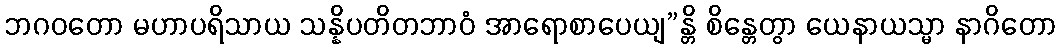
ဘဂဝတော မဟာပရိသာယ သန္နိပတိတဘာဝံ အာရောစာပေယျ”န္တိ စိန္တေတွာ ယေနာယသ္မာ နာဂိတော